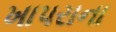
ખાપરાના